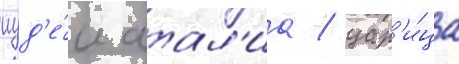
иуд'е́и атал'иа / цар'и́ца